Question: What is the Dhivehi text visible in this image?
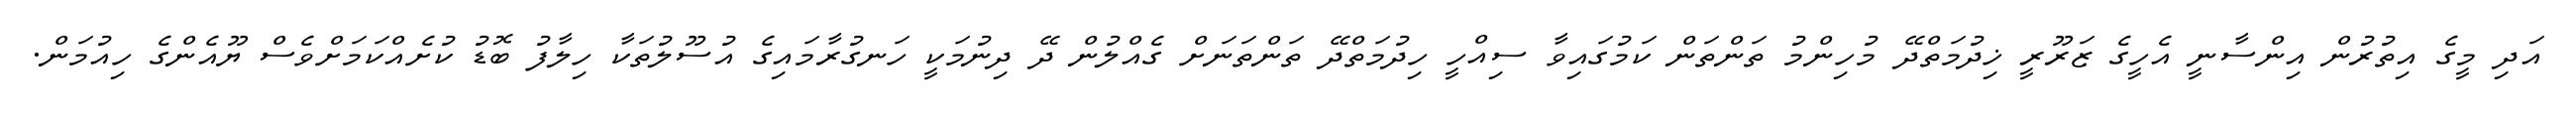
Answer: އަދި މީގެ އިތުރުން އިންސާނީ އެހީގެ ޒަރޫރީ ޚިދުމަތްދޭ މުހިންމު ތަންތަން ކަމުގައިވާ ސިއްހީ ހިދުމަތްދޭ ތަންތަނަށް ގެއްލުން ދޭ ދިނުމަކީ ހަނގުރާމައިގެ އުސޫލުތަކާ ހިލާފު ބޮޑު ކުށެއްކަމަށްވެސް ޔޫއެންގެ ހިއުމަން.